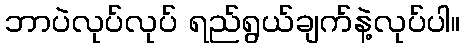
ဘာပဲလုပ်လုပ် ရည်ရွယ်ချက်နဲ့လုပ်ပါ။